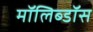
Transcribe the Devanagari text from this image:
मॉलिब्डॉस